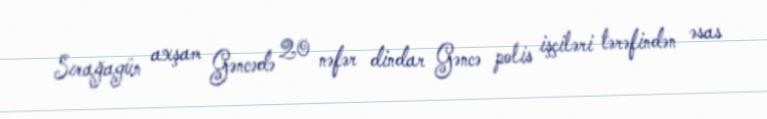
Sırağagün axşam Gəncədə 20 nəfər dindar Gəncə polis işçiləri tərəfindən əsas